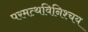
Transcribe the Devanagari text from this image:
परमत्थविनिश्चय